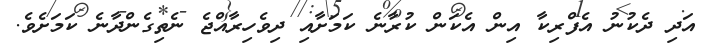
އަދި ދެކުނު އެފްރިކާ އިން އެކަން ކުރާނެ ކަމަށާއި ދިވެހިރާއްޖެ ނެތިގެންދާނެ ކަމަށެވެ.